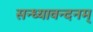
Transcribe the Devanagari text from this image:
सन्ध्यावन्दनम्